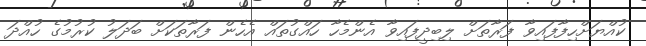
ކުއްޔަށްހިފާފައިވާ ފަރާތަށް ލިބިދީފައިވާ އެންމެހާ ހައްގުތައް އެހެން ފަރާތަކަށް ބަދަލު ކުރުމުގެ ހުއްދަ